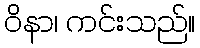
ဝိနာ၊ ကင်းသည်။